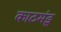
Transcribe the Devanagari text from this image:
काठमंडू